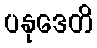
ပနုဒေတိ